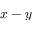
x - y